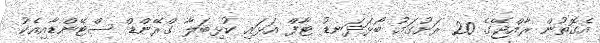
އެގޮތުން ރާއްޖޭގެ 20 ރަށުގައު ބޯޅަދަނޑު ޓާފް އަޅައި ކުޅިބަލާ ގްރޭންޑް ސްޓޭންޑާއިއެކު